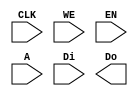



module dffram_wrapper
#(
  parameter DATA_WIDTH = 8,
  parameter ADDR_WIDTH = 7,
  parameter DEPTH = 128
)(
  input CLK,
  input [( (DATA_WIDTH + 8 - 1) / 8) - 1 : 0]WE,
  input EN,
  input [ADDR_WIDTH - 1 : 0] A,
  input [DATA_WIDTH - 1 : 0] Di,
  output [DATA_WIDTH - 1 : 0] Do
);
  
  /*
  // synopsys translate_off
  reg [DATA_WIDTH - 1 : 0] rdata_reg;
  
  reg [DATA_WIDTH - 1 : 0] mem [DEPTH - 1 : 0];
  
  always @(posedge CLK) begin
    if (wen) begin
      mem[wadr] <= wdata; // write port
    end
    if (ren) begin
      rdata_reg <= mem[radr]; // read port
    end
  end
  assign Do = rdata_reg;
  
  // synopsys translate_on
  */
  
  genvar x, y; 
  
  generate
    if (DEPTH == 8) begin

      wire [DATA_WIDTH : 0] rdata_w;

      for (x = 0; x < DATA_WIDTH/32; x = x + 1) begin: width_macro
          wire [3:0] bank_WE;
          assign bank_WE = WE[4*(x+1)-1 : 4*x];
          RAM8 dffram (
            .CLK(CLK),
            .WE(bank_WE),
            .EN(EN),
            .Di(Di[32*(x+1)-1 : 32*x]),
            .Do(rdata_w[32*(x+1)-1 : 32*x]),
            .A(A[ 2:0 ])
          );
      end

      assign Do = rdata_w;

    end else if (DEPTH < 32) begin

      wire [DATA_WIDTH : 0] rdata_w [DEPTH/8 - 1 : 0];
      reg  [ADDR_WIDTH - 1 : 0] radr_r;

      always @ (posedge CLK) begin
        radr_r <= A;
      end

      for (x = 0; x < DATA_WIDTH/32; x = x + 1) begin: width_macro
        for (y = 0; y < DEPTH/8; y = y + 1) begin: depth_macro
          RAM8 dffram (
            .CLK(CLK),
            .WE(WE[4*(x+1)-1 : 4*x] & {4{(A[ ADDR_WIDTH-1 : 3 ] == y)}}),
            .EN(EN),
            .Di(Di[32*(x+1)-1 : 32*x]),
            .Do(rdata_w[y][32*(x+1)-1 : 32*x]),
            .A(A[ 2:0 ])
          );
        end
      end

      assign Do = rdata_w[radr_r[ADDR_WIDTH - 1 : 3]];

    end else if  (DEPTH == 32) begin
      
      wire [DATA_WIDTH : 0] rdata_w;

      for (x = 0; x < DATA_WIDTH/32; x = x + 1) begin: width_macro
        RAM32 dffram (
          .CLK(CLK),
          .WE(WE[4*(x+1)-1 : 4*x]),
          .EN(EN),
          .Di(Di[32*(x+1)-1 : 32*x]),
          .Do(rdata_w[32*(x+1)-1 : 32*x]),
          .A(A[ 4:0 ])
        );
      end

      assign Do = rdata_w;

    end else if (DEPTH < 128) begin

      wire [DATA_WIDTH : 0] rdata_w [DEPTH/32 - 1 : 0];
      reg  [ADDR_WIDTH - 1 : 0] radr_r;

      always @ (posedge CLK) begin
        radr_r <= A;
      end

      for (x = 0; x < DATA_WIDTH/32; x = x + 1) begin: width_macro
        for (y = 0; y < DEPTH/32; y = y + 1) begin: depth_macro
          RAM32 dffram (
            .CLK(CLK),
            .WE(WE[4*(x+1)-1 : 4*x] & {4{(A[ ADDR_WIDTH-1 : 5 ] == y)}}),
            .EN(EN),
            .Di(Di[32*(x+1)-1 : 32*x]),
            .Do(rdata_w[y][32*(x+1)-1 : 32*x]),
            .A(A[ 4:0 ])
          );
        end
      end

      assign Do = rdata_w[radr_r[ADDR_WIDTH - 1 : 5]];
      
    end else if (DEPTH == 128) begin

      wire [DATA_WIDTH : 0] rdata_w ;

      for (x = 0; x < DATA_WIDTH/32; x = x + 1) begin: width_macro
        RAM128x32 dffram (
          .CLK(CLK),
          .WE(WE[4*(x+1)-1 : 4*x]),
          .EN(EN),
          .Di(Di[32*(x+1)-1 : 32*x]),
          .Do(rdata_w[32*(x+1)-1 : 32*x]),
          .A(A[ 6:0 ])
        );
      end

      assign Do = rdata_w;
      
    end else if (DEPTH < 512) begin

      wire [DATA_WIDTH : 0] rdata_w [DEPTH/128 - 1 : 0];
      reg  [ADDR_WIDTH - 1 : 0] radr_r;

      always @ (posedge CLK) begin
        radr_r <= A;
      end

      for (x = 0; x < DATA_WIDTH/32; x = x + 1) begin: width_macro
        for (y = 0; y < DEPTH/128; y = y + 1) begin: depth_macro
          RAM128x32 dffram (
            .CLK(CLK),
            .WE(WE[4*(x+1)-1 : 4*x] & {4{(A[ ADDR_WIDTH-1 : 7 ] == y)}}),
            .EN(EN),
            .Di(Di[32*(x+1)-1 : 32*x]),
            .Do(rdata_w[y][32*(x+1)-1 : 32*x]),
            .A(A[ 6:0 ])
          );
        end
      end

      assign Do = rdata_w[radr_r[ADDR_WIDTH - 1 : 7]];

  
    end else if (DEPTH == 512) begin

      wire [DATA_WIDTH : 0] rdata_w;

      for (x = 0; x < DATA_WIDTH/32; x = x + 1) begin: width_macro
        RAM512 dffram (
          .CLK(CLK),
          .WE(WE[4*(x+1)-1 : 4*x]),
          .EN(EN),
          .Di(Di[32*(x+1)-1 : 32*x]),
          .Do(rdata_w[32*(x+1)-1 : 32*x]),
          .A(A[ 8:0 ])
        );
      end

      assign Do = rdata_w;

    end else begin

      wire [DATA_WIDTH : 0] rdata_w [DEPTH/512 - 1 : 0];
      reg  [ADDR_WIDTH - 1 : 0] radr_r;

      always @ (posedge CLK) begin
        radr_r <= A;
      end

      for (x = 0; x < DATA_WIDTH/32; x = x + 1) begin: width_macro
        for (y = 0; y < DEPTH/512; y = y + 1) begin: depth_macro
          RAM512 dffram (
            .CLK(CLK),
            .WE(WE[4*(x+1)-1 : 4*x] & {4{(A[ ADDR_WIDTH-1 : 9 ] == y)}}),
            .EN(EN),
            .Di(Di[32*(x+1)-1 : 32*x]),
            .Do(rdata_w[y][32*(x+1)-1 : 32*x]),
            .A(A[ 8:0 ])
          );
        end
      end

      assign Do = rdata_w[radr_r[ADDR_WIDTH - 1 : 9]];
      
    end
      
  endgenerate
  
endmodule